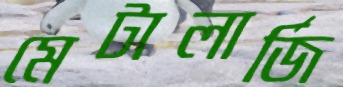
মেটালার্জি